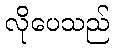
လိုပေသည်